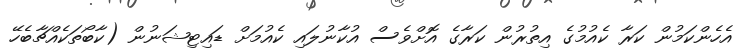
އެހެންކަމުން ކަރާ ކެއުމުގެ އިތުރުން ކަރާގެ އޮށްވެސް އުކާނުލައި ކެއުމަށް ޑައިޓިޝަނުން (ކާބޯތަކެއްޗާބެހޭ